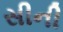
સીની